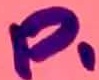
Text: P1